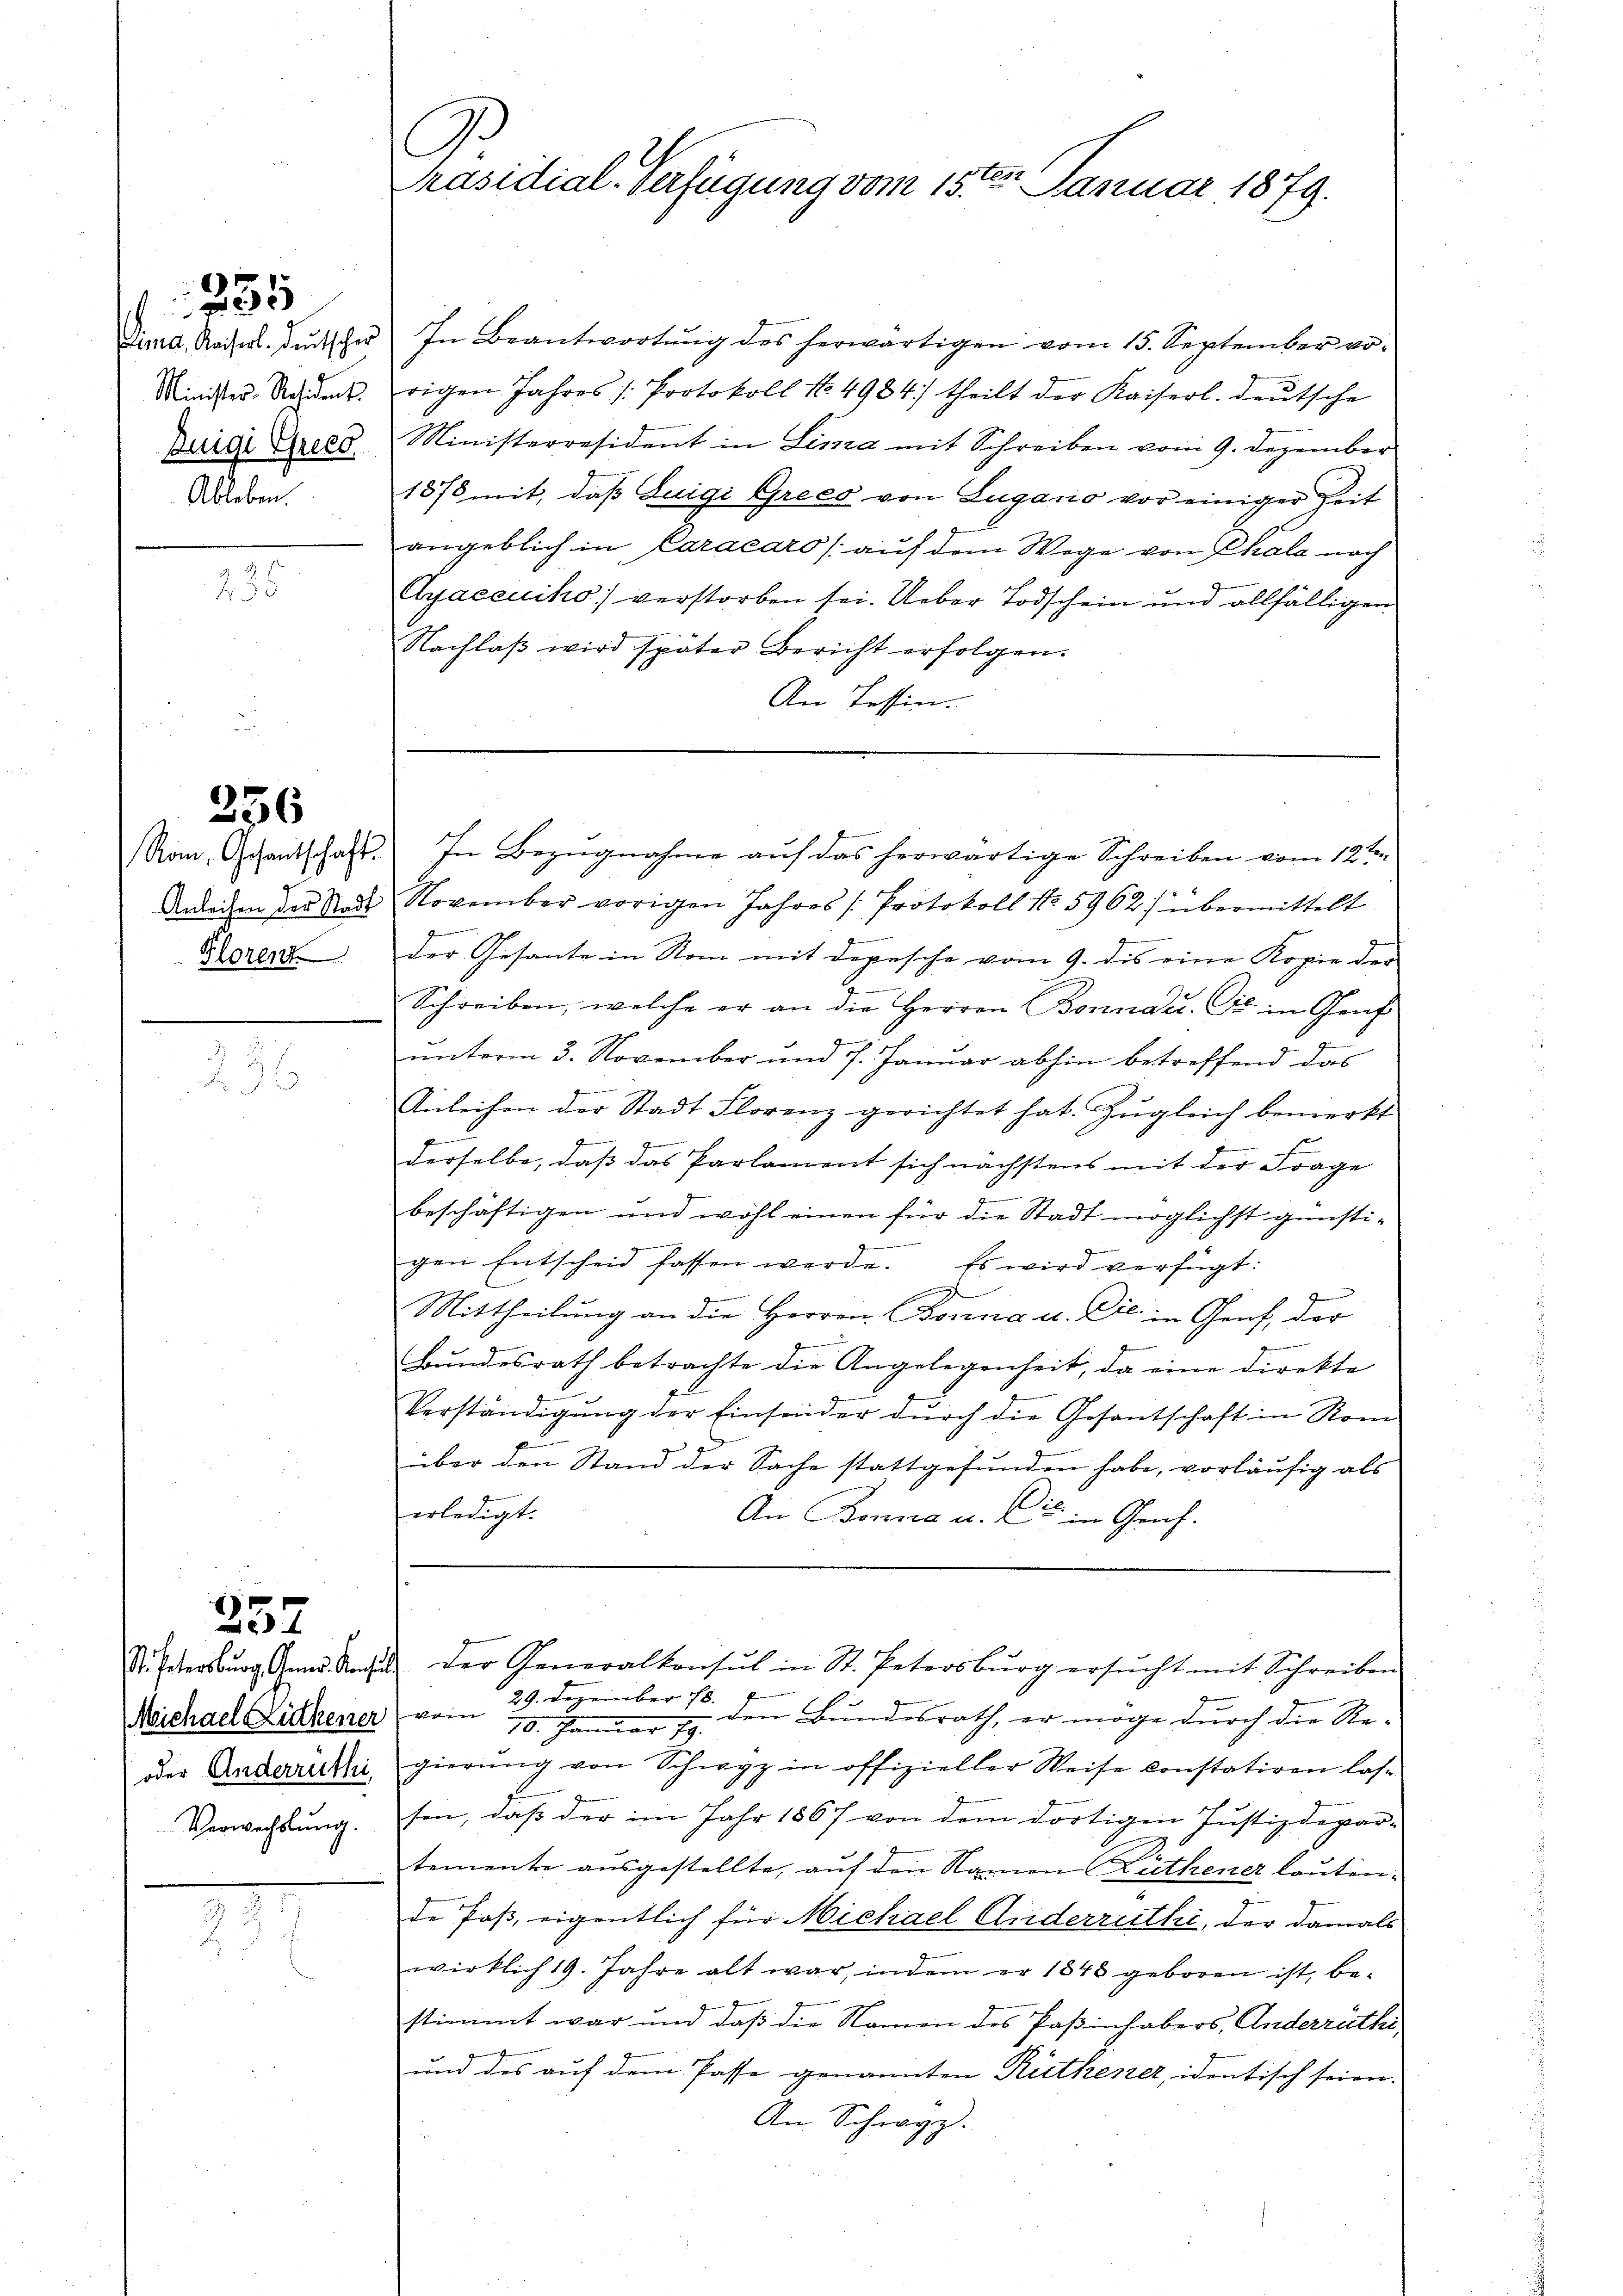
Bund, Kaiserl. Deutschei
Minister-Resident
Dnige Gries.
Ableben.

335

5

256

Rom, Gesantschaft.
Anleihen der Stadt
Florent

257

St. Petersburg, Gener Konsun
Michael Liethener
oder Anderruthi
Verwechslung.

C
t
Präsidial-Verfügung vom 15. Januar 1879.

In Beantwortung des herwärtigen vom 15. September vorigen Jahres /: Protokoll No 4984) theilt der Kaiserl. deutsche
Ministerresident in Lima mit Schreiben vom 9. Dezember
1878 mit, daß Luigi Greeo von Lugano vor einiger Zeit
angeblich in Caracaro /: auf dem Wege von Chala nach
Ayaccuiko) verstorben sei. Ueber Todschein und allfälligen
Nachlaβ wird später Bericht erfolgen.
An Tessin.
In Bezugnahme auf das herwärtige Schreiben vom 12ten
November vorigen Jahres Protokoll No 5962) übermittelt
der Gesante in Rom mit Depesche vom 9. des eine Kopie der
Schreiben, welche er an die Herren Bonnder. Cts. in Genf
unterm 3. November und 7. Januar abhin betreffend das
Anleihen der Stadt Florenz gerichtet hat. Zugleich bemerkt
s

derselbe, daß das Parlament sich nächstens mit der Frage
beschäftigen und wohl einen für die Stadt möglichst günsti¬
4
gen Entscheid fassen werde. Es wird verfügt:
Mittheilŭng an die Herren Conna u. Die in Genf, der
g
Bŭndesrath betrachte die Angelegenheit, da eine direkte
Verständigung der Einsonder durch die Gesantschaft in Rom
über den Stand der Sache stattgefunden habe, vorläufig als
erledigt.
An Bonna u. Cie in Graf.
 der Generalkonsul in St. Petersburg ersŭcht mit Schreiben
vom 29. Dezember 187
den Bundesrath, er möge durch die Re¬
10. Januar 19.
gierung von Schwyz in offizieller Weise constatiren lassen, daß der im Jahr 1867 von dem dortigen Justizdepar-
temente ausgestellte, auf den Namen Luthener lauten.
de Paß, eigentlich für Michael Anderruthi, der damals
wirklich 19. Jahre alt war, indem er 1848 geboren ist, bestimmt war und daß die Namen des Paßinhabers, Anderrüthi
und des auf dem Pässe genannten Ruthener, identisch seien.
Ain Schwyz.